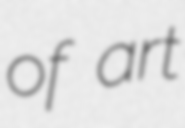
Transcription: of art